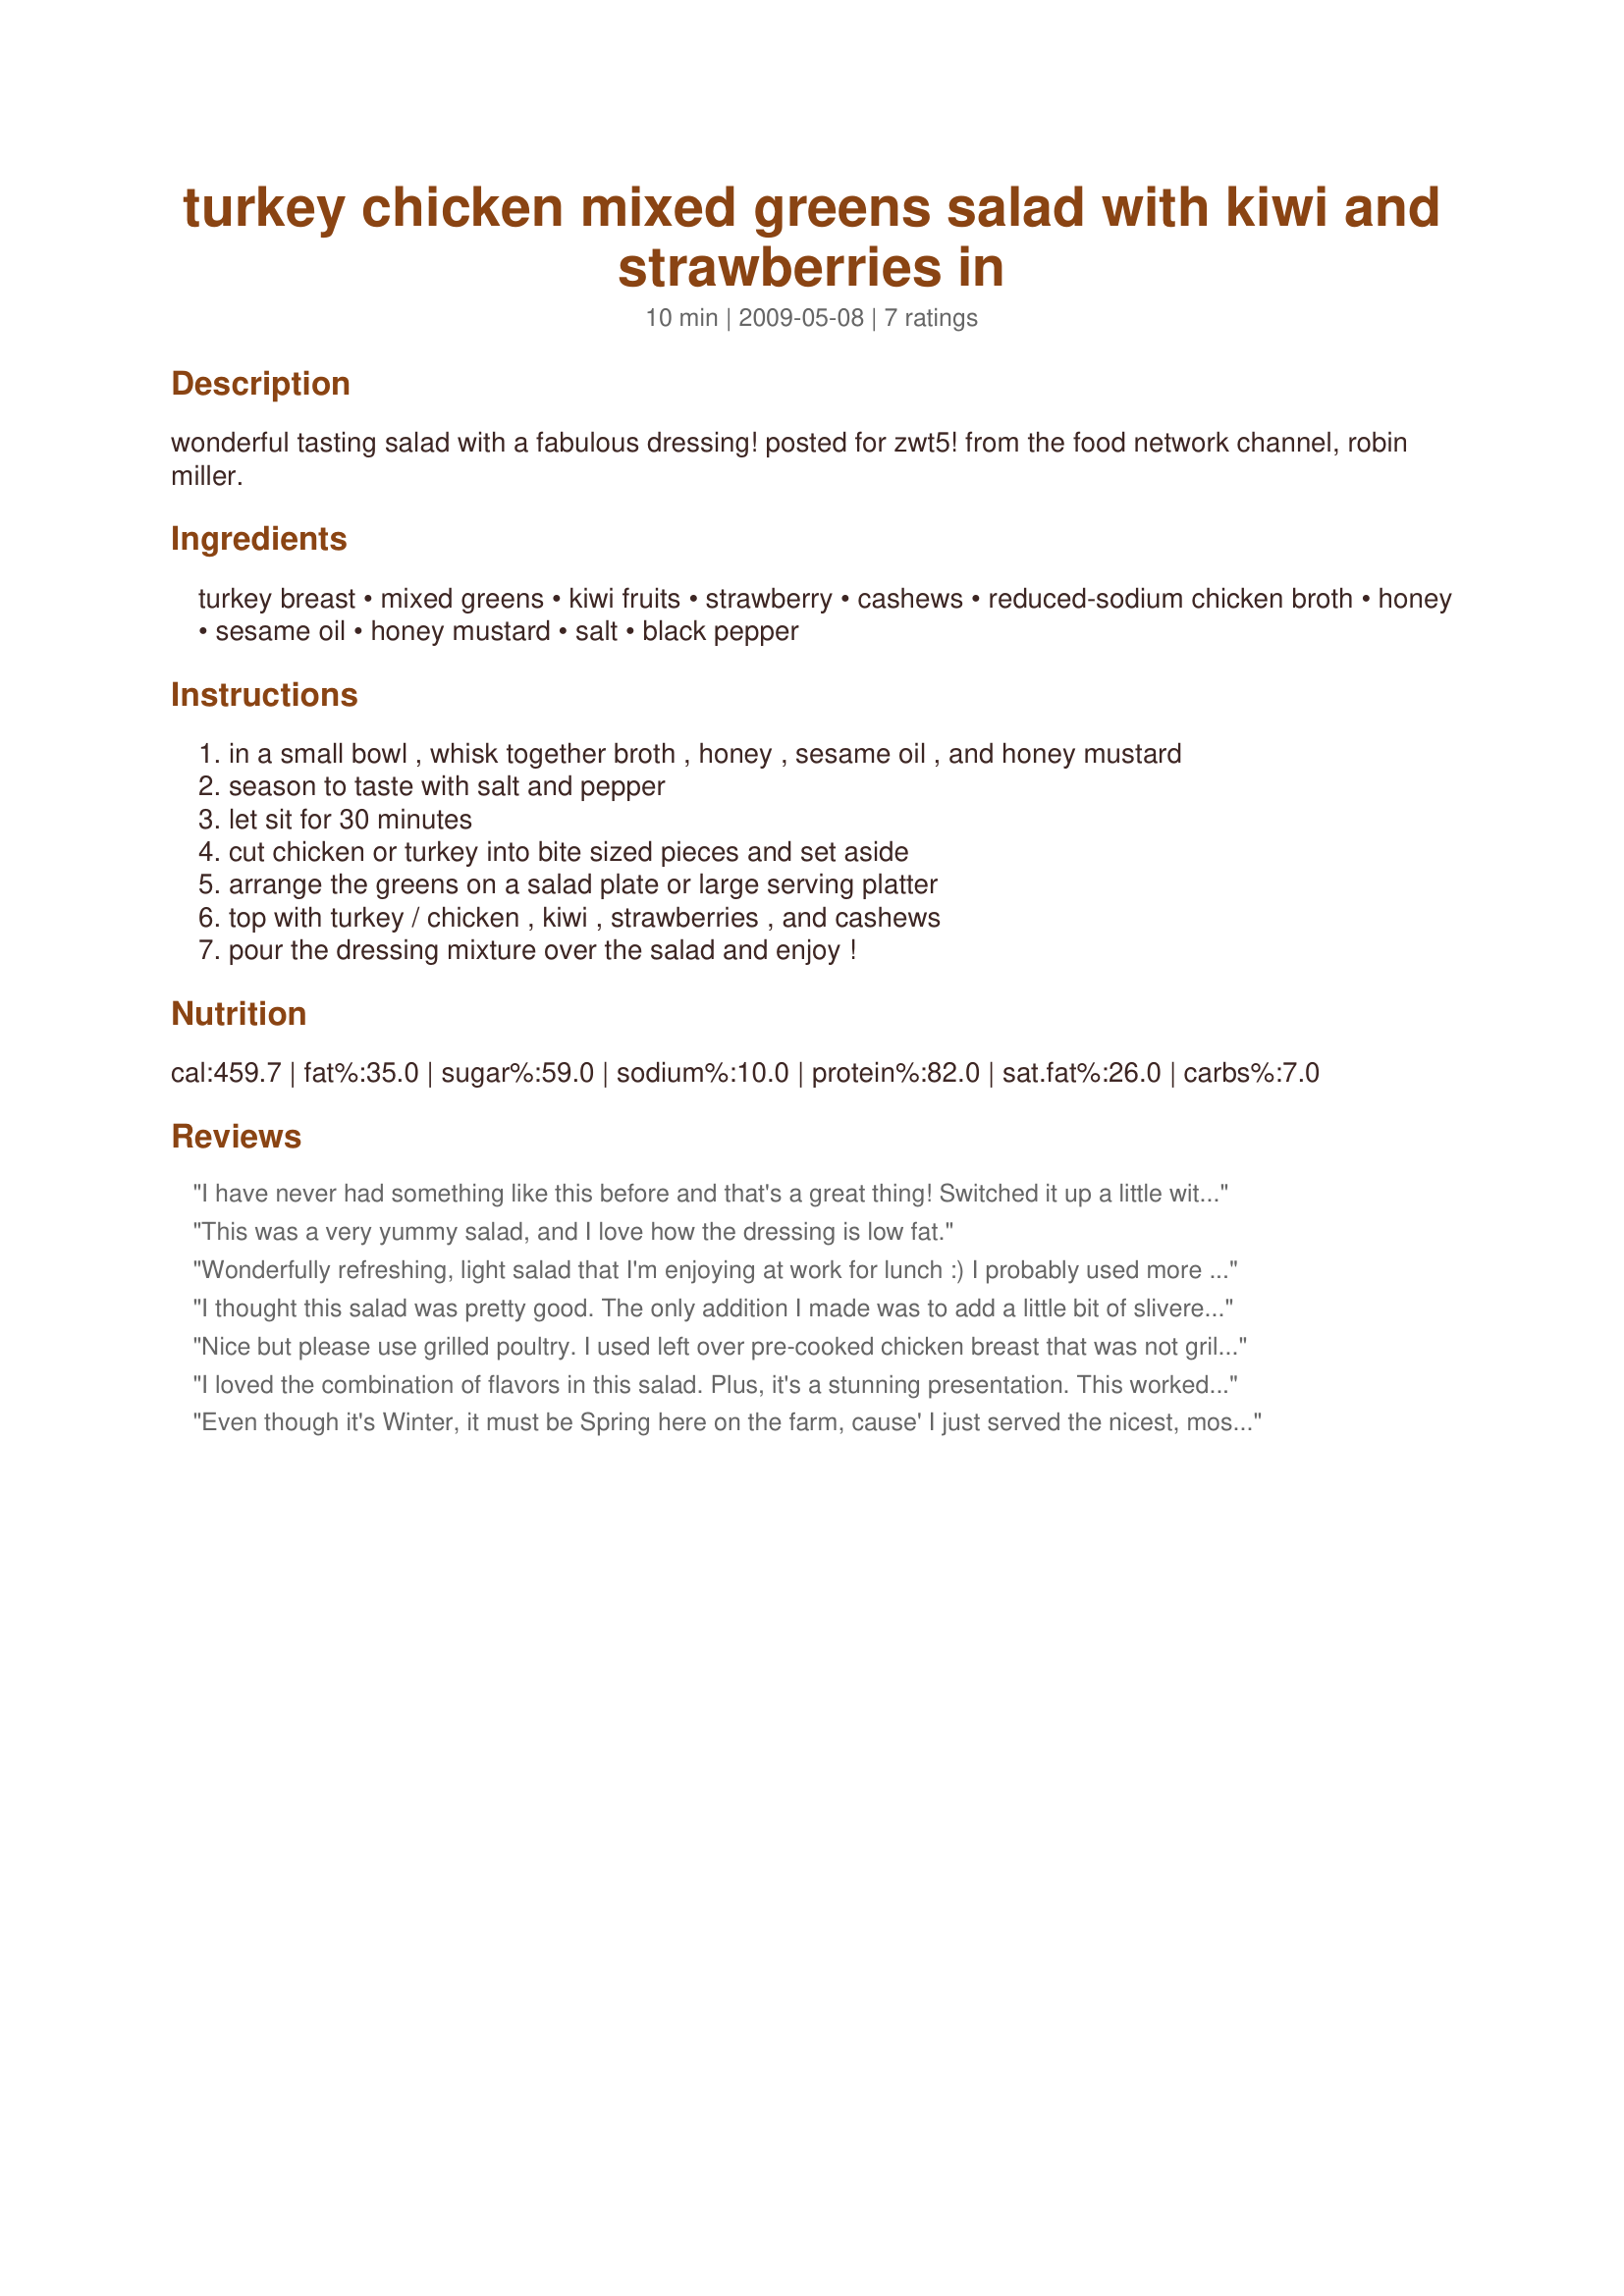
turkey chicken mixed greens salad with kiwi and strawberries in
Preparation time: 10 minutes

wonderful tasting salad with a fabulous dressing! posted for zwt5! from the food network channel, robin miller.

Ingredients:
turkey breast, mixed greens, kiwi fruits, strawberry, cashews, reduced-sodium chicken broth, honey, sesame oil, honey mustard, salt, black pepper

Steps:
in a small bowl , whisk together broth , honey , sesame oil , and honey mustard, season to taste with salt and pepper, let sit for 30 minutes, cut chicken or turkey into bite sized pieces and set aside, arrange the greens on a salad plate or large serving platter, top with turkey / chicken , kiwi , strawberries , and cashews, pour the dressing mixture over the salad and enjoy !

Reviews:
I have never had something like this before and that's a great thing! Switched it up a little with a fresh DELICIOUS salad that does away with the monotony of plain ol' leftover turkey. Might add a little slivered onion the next time around. Mmmm...mouth watering just thinking about it!
This was a very yummy salad, and I love how the dressing is low fat.
Wonderfully refreshing, light salad that I'm enjoying at work for lunch :) I probably used more strawberries than called for, but otherwise kept to the recipe. The dressing is very subtle, and complements the fruit nicely. I used dijon mustard instead of honey mustard because I didn't have any. Thanks for a healthy, easy recipe I will use again :) Made for 123 Hits.
I thought this salad was pretty good. The only addition I made was to add a little bit of slivered red onion. I think the only adjustment I would make next time would be to reduce the sesame oil a little bit. The salad was beautiful with all the colors. Made for ZWT5.
Nice but please use grilled poultry. I used left over pre-cooked chicken breast that was not grilled and it wasn't so good. I think this would be a five star if grilled chicken/turkey is used. I used a mix of baby greens, no kiwi, didn't have any, home made chicken broth, cold pressed sesame oil, liquid honey and regular mustard for the honey mustard, sea salt, freshly ground black pepper, plus the rest of the ingredients.
I loved the combination of flavors in this salad. Plus, it's a stunning presentation. This worked very well using a store-bought cooked chicken and made for a fast dinner. I love the sesame oil taste and wouldn't change a thing in the dressing. Delish!
~Made for ZWT5 Epicurean Queens~
Even though it's Winter, it must be Spring here on the farm, cause' I just served the nicest, most delicious salad, and it came right from my own icebox. What could there be not to love with chicken/strawberries, mixed greens, kiwi....and field greens? I reduced the sesame oil by 1/2 (1tsp.) from personal preference and used turkey breast thinly sliced (cooked from the day prior) on top of the greens, and left the strawberries whole, just to dip in the dressing. Oh yum! Added a bit of sweet onion but other then that, stayed completely to the whole recipe. YUM! Made for *Everyday is a Holiday* December 2009
